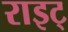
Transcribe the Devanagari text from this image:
राइट्‍